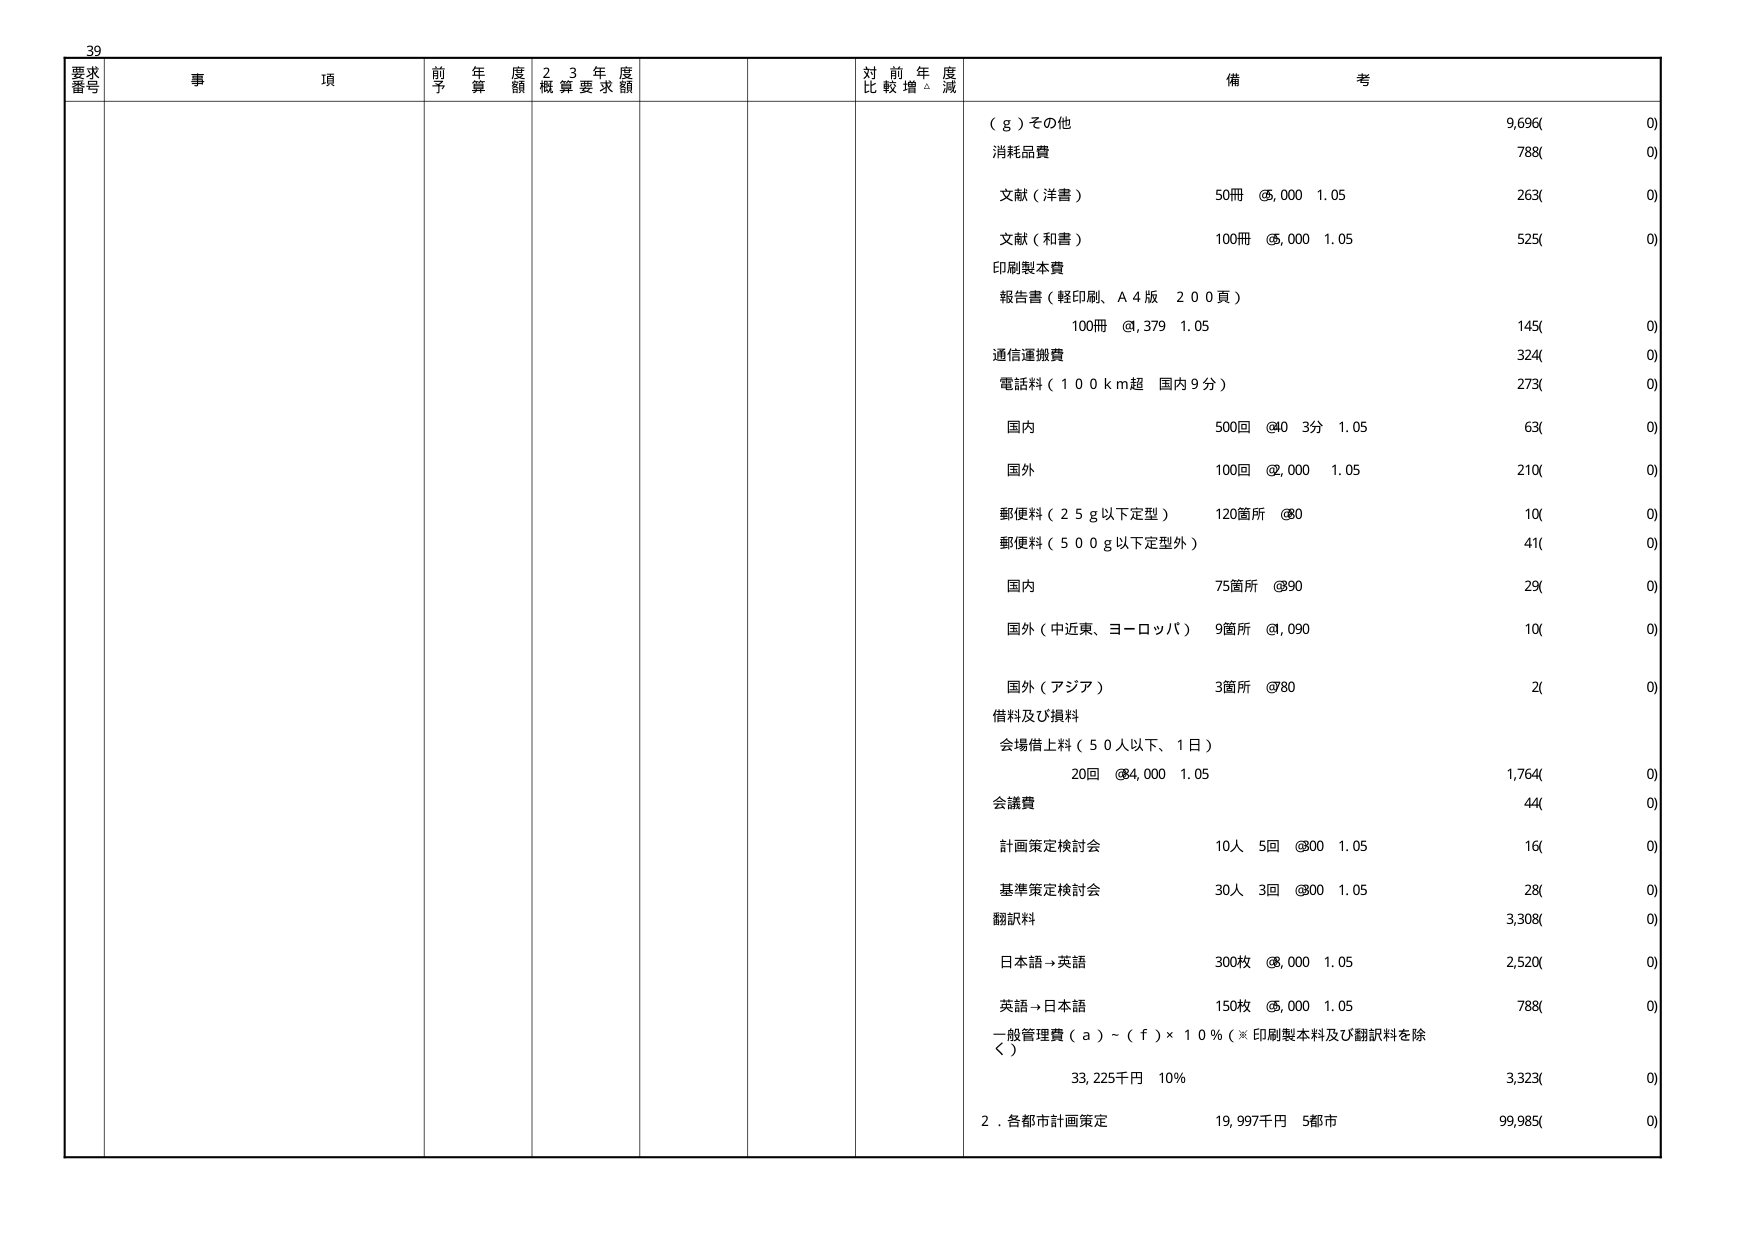
39
要求
番号
事 項
前 年 度
予 算 額
2 3 年 度
概 算 要 求 額
対 前 年 度
比 較 増 △ 減
備 考
（ｇ）その他
9,696(
0)
消耗品費
788(
0)
文献（洋書）
50冊 ＠5,000 1.05
263(
0)
文献（和書）
100冊 ＠5,000 1.05
525(
0)
印刷製本費
報告書（軽印刷、Ａ４版 200頁）
100冊 ＠,379 1.05
145(
0)
通信運搬費
324(
0)
電話料（100km超 国内9分）
273(
0)
国内
500回 ＠40 3分 1.05
63(
0)
国外
100回 ＠2,000 1.05
210(
0)
郵便料（25g以下定型）
120箇所 ＠80
10(
0)
郵便料（500g以下定型外）
41(
0)
国内
75箇所 ＠90
29(
0)
国外（中近東、ヨーロッパ）
9箇所 ＠,090
10(
0)
国外（アジア）
3箇所 ＠780
2(
0)
借料及び損料
会場借上料（50人以下、1日）
20回 ＠4,000 1.05
1,764(
0)
会議費
44(
0)
計画策定検討会
10人 5回 ＠800 1.05
16(
0)
基準策定検討会
30人 3回 ＠800 1.05
28(
0)
翻訳料
3,308(
0)
日本語→英語
300枚 ＠8,000 1.05
2,520(
0)
英語→日本語
150枚 ＠5,000 1.05
788(
0)
一般管理費（ａ）～（ｆ）×10％（※印刷製本料及び翻訳料を除く）
33,225千円 10％
3,323(
0)
２．各都市計画策定
19,997千円 5都市
99,985(
0)